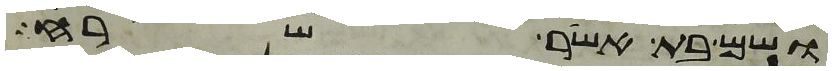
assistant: ושם בת אשר שרח